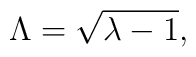
\Lambda =\sqrt{\lambda -1},